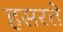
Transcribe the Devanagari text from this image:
हसरते